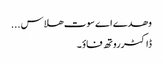
وھدے اے سوت ھلاس ...
ڈاکٹرروتھ فاؤ ۔